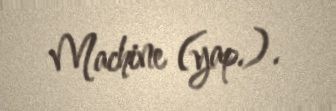
Machine (yap.).